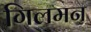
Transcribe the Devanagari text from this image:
गिलमन